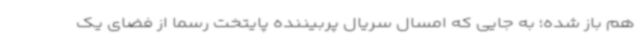
هم باز شده؛ به جایی که امسال سریال پربیننده پایتخت رسما از فضای یک